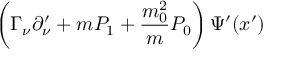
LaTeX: \left( \Gamma _ { \nu } \partial _ { \nu } ^ { \prime } + m P _ { 1 } + \frac { m _ { 0 } ^ { 2 } } { m } P _ { 0 } \right) \Psi ^ { \prime } ( x ^ { \prime } )